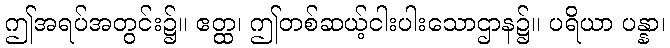
ဤအရပ်အတွင်း၌။ ဧတ္ထ၊ ဤတစ်ဆယ့်ငါးပါးသောဌာန၌။ ပရိယာ ပန္နာ၊